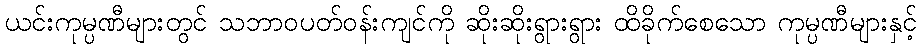
ယင်းကုမ္ပဏီများတွင် သဘာဝပတ်ဝန်းကျင်ကို ဆိုးဆိုးရွားရွား ထိခိုက်စေသော ကုမ္ပဏီများနှင့်